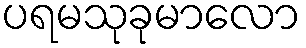
ပရမသုခုမာလော